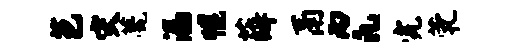
芭灾甍漏幌薛鬲丙凡完茕